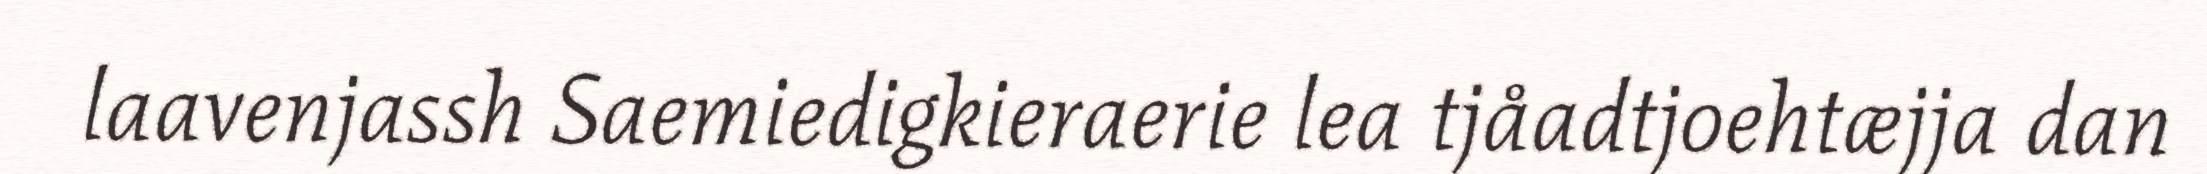
laavenjassh Saemiedigkieraerie lea tjåadtjoehtæjja dan